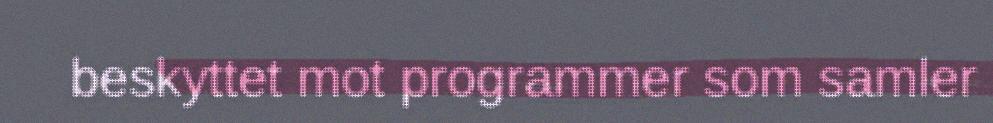
beskyttet mot programmer som samler